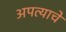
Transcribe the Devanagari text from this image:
अपत्याचे